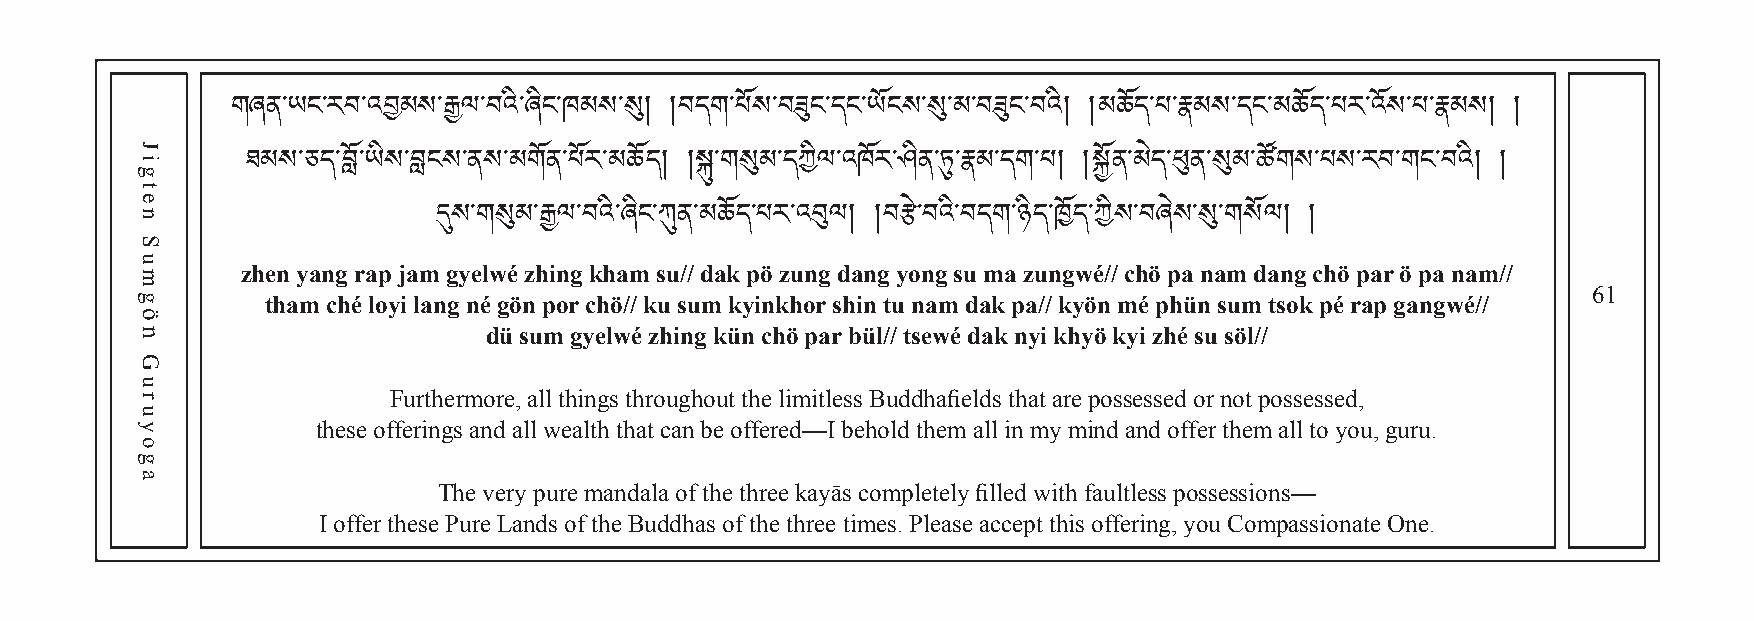
གཞན་ཡང་རབ་འབམས་རྒྱལ་བའི་ཞིང་ཁམས་སུ། །བདག་པ ོས ་བ ཟུང་དང་ཡོངས་སུ་མ་བཟུང་བའི། །མཆོད་པ་རྣམས་དང་མཆོད་པར་འོས་པ་རྣམས། །
 ཐམས་ཅད་བློ་ཡིས་བླངས་ནས་མགོན་པོར་མཆོད། །སྐུ་གསུམ་དཀིལ་འཁོར་ཤིན་ཏུ་རྣམ་དག་པ། །སྐྱོན་མེད་ཕུན་སུམ་ཚོགས་པས་རབ་གང་བའི། །
 zhen yang rap jamདུ gསy་eགlwསུéམ z་hརྒྱinལg་བ kའhི་aཞmིང ་sཀུuན//་ མdaཆkོད p་པö རz་uའnབུgལ d།a n།gབ yརྩoེ་nབgའ sི་བuད mགa་ ཉzིདu་nཁgོདw་éཀ//ིས c་hབöཞ pེསa་ སུna་གmས dོལan། g །chö par ö pa nam//
 61
 tham ché loyi lang né gön por chö// ku sum kyinkhor shin tu nam dak pa// kyön mé phün sum tsok pé rap gangwé//
 dü sum gyelwé zhing kün chö par bül// tsewé dak nyi khyö kyi zhé su söl//
 Furthermore, all things throughout the limitless Buddhafields that are possessed or not possessed,
 these offerings and all wealth that can be offered—I behold them all in my mind and offer them all to you, guru.
 The very pure mandala of the three kayās completely filled with faultless possessions—
 I offer these Pure Lands of the Buddhas of the three times. Please accept this offering, you Compassionate One.
 Jigten
 Sumgön
 Guruyoga